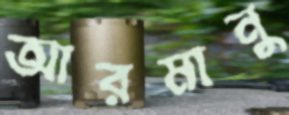
আরমানু